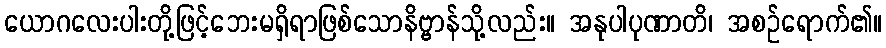
ယောဂလေးပါးတို့ဖြင့်ဘေးမရှိရာဖြစ်သောနိဗ္ဗာန်သို့လည်း။ အနုပါပုဏာတိ၊ အစဉ်ရောက်၏။